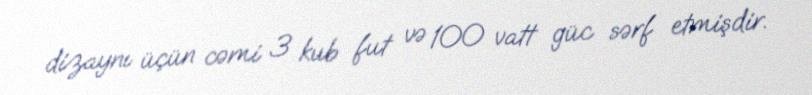
dizaynı üçün cəmi 3 kub fut və 100 vatt güc sərf etmişdir.